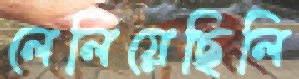
লেলিয়েছিলি